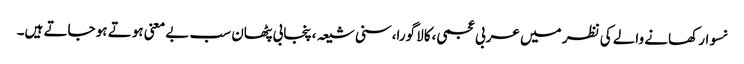
نسوار کھانے والے کی نظر میں عربی عجمی،کالا گورا،سنی شیعہ،پنجابی پٹھان سب بے معنی ہوتے ہو جاتے ہیں۔